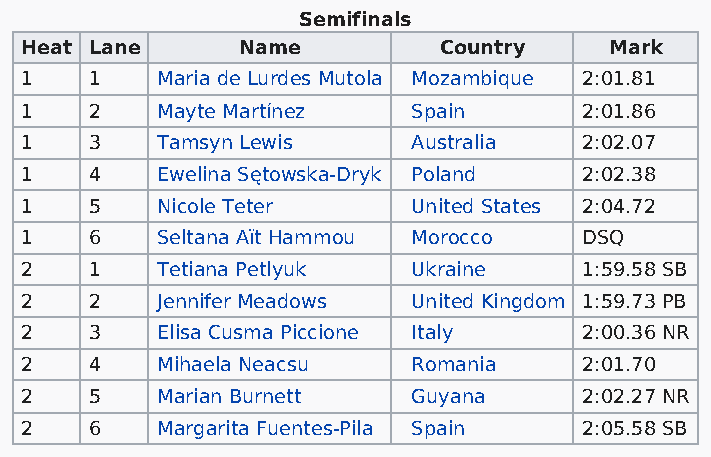
Semifinals
 Heat Lane      Name         Country    Mark
 1    1   Maria de Lurdes Mutola Mozambique 2:01.81
 1    2   Mayte Martínez   Spain       2:01.86
 1    3   Tamsyn Lewis     Australia   2:02.07
 1    4   Ewelina Sętowska-Dryk Poland 2:02.38
 1    5   Nicole Teter     United States 2:04.72
 1    6   Seltana Aït Hammou Morocco   DSQ
 2    1   Tetiana Petlyuk  Ukraine     1:59.58 SB
 2    2   Jennifer Meadows United Kingdom 1:59.73 PB
 2    3   Elisa Cusma Piccione Italy   2:00.36 NR
 2    4   Mihaela Neacsu   Romania     2:01.70
 2    5   Marian Burnett   Guyana      2:02.27 NR
 2    6   Margarita Fuentes-Pila Spain 2:05.58 SB